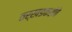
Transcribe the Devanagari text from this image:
तर्खडकरांचे